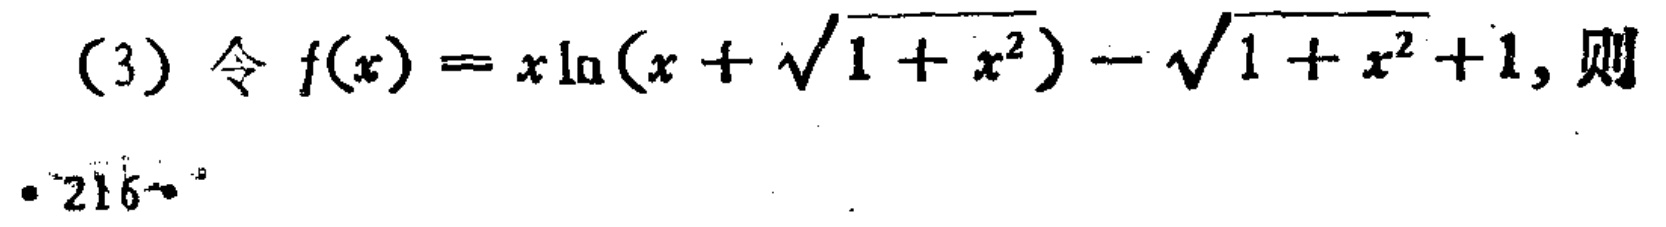
(3) 令 \(f(x)=x\ln(x + \sqrt{1 + x^{2}})-\sqrt{1 + x^{2}}+1\)，则
·216·